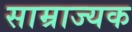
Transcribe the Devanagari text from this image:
साम्राज्यक